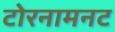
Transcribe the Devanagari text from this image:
टोरनामनट